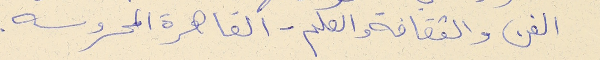
الفن والثقافة والعلم - القاهرة المحروسه.